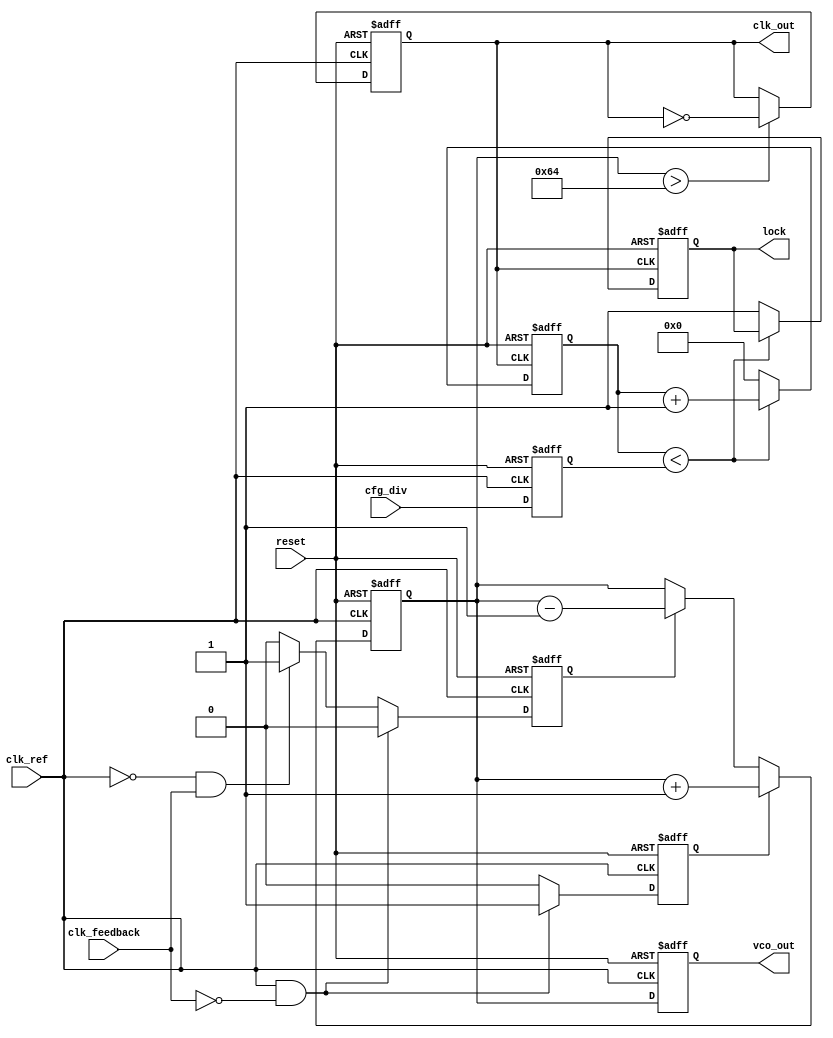
module fractional_PLL(
    input wire clk_ref,           // Reference clock
    input wire clk_feedback,      // Feedback clock from VCO (after division)
    input wire reset,             // Reset signal
    output reg clk_out,           // Output clock
    output reg [7:0] vco_out,     // Control output to VCO
    output reg lock,              // Lock status
    input wire [15:0] cfg_div     // Configuration setting from memory blocks
);

// States for the phase frequency detector
reg up, down;
reg [15:0] phase_error;          // Phase error signal
reg [7:0] control_voltage;       // Control voltage signal for VCO
reg [15:0] feedback_division;    // Internal feedback division value
reg [2:0] state;                 // State for loop filter

// Initialize parameters
initial begin
    up <= 0;
    down <= 0;
    control_voltage <= 8'd0;
    feedback_division <= 16'd1;    // Default division value
    lock <= 0;
    clk_out <= 0;
    vco_out <= 8'd0;               // Placeholder for VCO tuning
end

// Phase Frequency Detector (PFD)
always @(posedge clk_ref or posedge reset) begin
    if (reset) begin
        up <= 0;
        down <= 0;
    end else if (clk_ref && !clk_feedback) begin
        up <= 1;           // Reference leads feedback
        down <= 0;
    end else if (!clk_ref && clk_feedback) begin
        up <= 0;          // Feedback leads reference
        down <= 1;
    end else begin
        up <= 0;
        down <= 0;
    end
end

// Charge Pump
always @(posedge clk_ref or posedge reset) begin
    if (reset) begin
        control_voltage <= 8'd0;
    end else begin
        if (up) begin
            control_voltage <= control_voltage + 1;  // Increment voltage
        end else if (down) begin
            control_voltage <= control_voltage - 1;  // Decrement voltage
        end 
    end
end

// Loop Filter (simple first order)
always @(posedge clk_ref or posedge reset) begin
    if (reset) begin
        feedback_division <= 16'd1;
    end else begin
        feedback_division <= cfg_div; // Update feedback division from memory
    end
end

// Voltage-Controlled Oscillator (VCO)
always @(posedge clk_ref or posedge reset) begin
    if (reset) begin
        clk_out <= 0; 
        vco_out <= 8'd0;
    end else begin
        // Generate output clock based on control voltage
        // This is a placeholder logic; actual implementation would depend on VCO behavior
        if (control_voltage > 100) begin
            clk_out <= ~clk_out;   // Toggle clock for VCO output
        end
        vco_out <= control_voltage; // Simulate tuning of the VCO output
    end
end

// Feedback Divider Logic
reg [15:0] counter;
always @(posedge clk_out or posedge reset) begin
    if (reset) begin
        counter <= 16'd0;
        lock <= 0;
    end else begin
        if (counter < feedback_division) begin
            counter <= counter + 1;
        end else begin
            counter <= 16'd0;
            lock <= 1; // Indicate that PLL is locked after division
        end
    end
end

endmodule